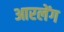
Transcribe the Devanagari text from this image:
आरलेंग